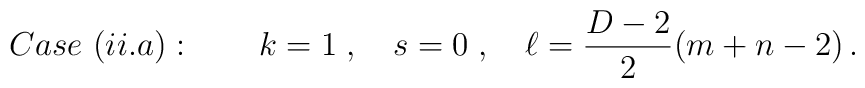
Case\ (ii.a):\qquad  k=1\;, \quad s=0\;, \quad  \ell = \frac{D-2}{2}(m+n-2)\,.